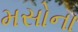
મસોના